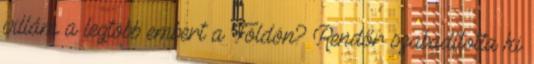
villám a legtöbb embert a Földön? Rendőr szabadította ki